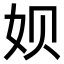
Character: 𫝦